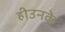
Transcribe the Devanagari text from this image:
हीउनके